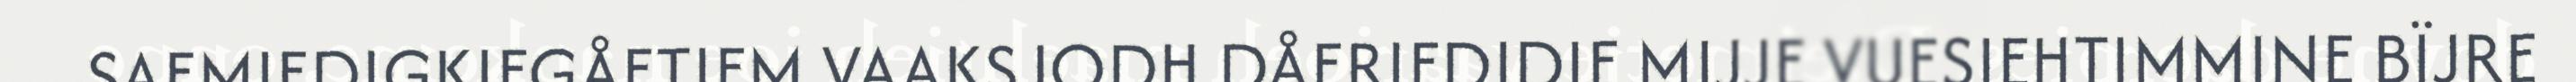
SAEMIEDIGKIEGÅETIEM VAAKSJODH DÅERIEDIDIE MIJJE VUESIEHTIMMINE BÏJRE